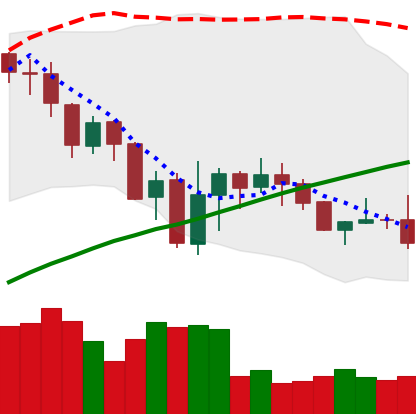
Ticker: DOGE-USD
Chart end date: 2019-07-27
Forward return: 4.747%
Label: up_3_5